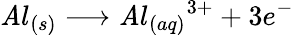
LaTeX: \mathit{A}l_{(s)}\longrightarrow\mathit{A}l_{(aq)}{^{3+}}+3e^{-}